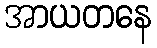
အာယတနေ